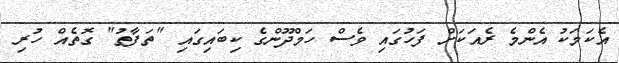
އެކަމަކު އެންމެ ރެއަކަށް ފަހުގައި ވެސް ހަމްދޫންގެ ކިބައިގައި "ތަފާތު" ގޮތެއް ހުރި